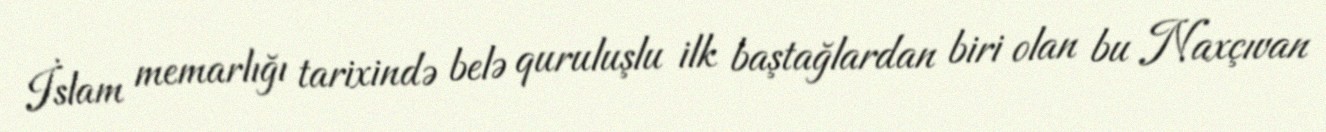
İslam memarlığı tarixində belə quruluşlu ilk baştağlardan biri olan bu Naxçıvan